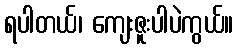
ရပါတယ်၊ ကျေးဇူးပါပဲကွယ်။